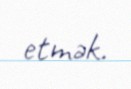
etmək.